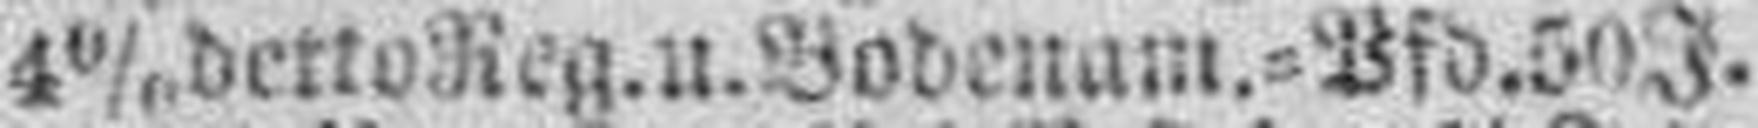
4% detto Reg. u. Bodenam.=Pfd. 50 J.